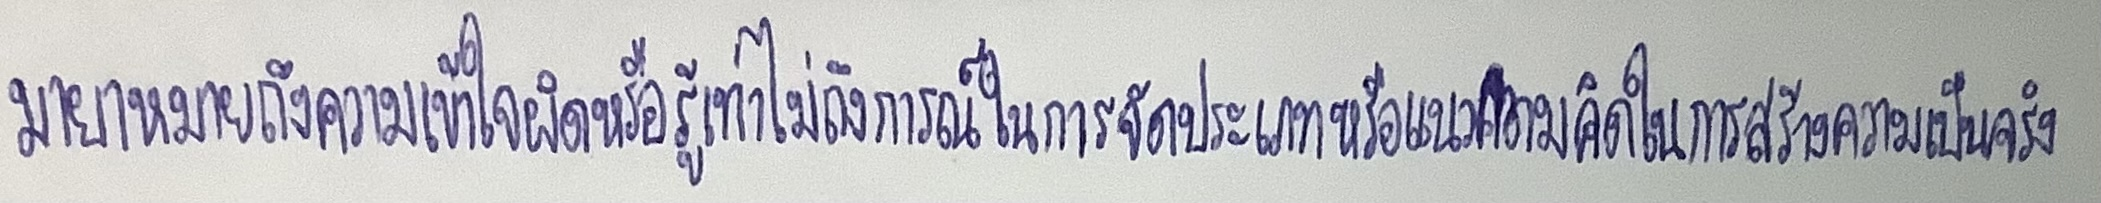
มายาหมายถึงความเข้าใจผิดหรือรู้เท่าไม่ถึงการณ์ในการจัดประเภทหรือแนวความคิดในการสร้างความเป็นจริง